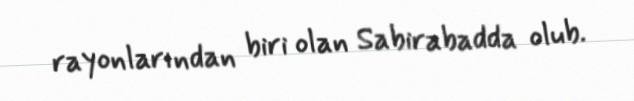
rayonlarından biri olan Sabirabadda olub.